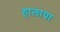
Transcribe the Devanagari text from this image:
हालापा